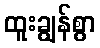
ထူးချွန်စွာ